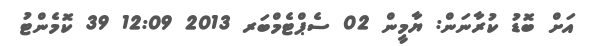
އަށް ބޮޑު ކުރާނަން: ޔާމީން 02 ސެޕްޓެމްބަރ 2013 12:09 39 ކޮމެންޓު